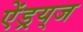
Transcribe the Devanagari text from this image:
ऐंड्रय्‌ज